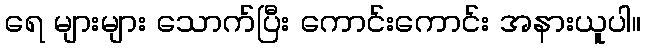
ရေ များများ သောက်ပြီး ကောင်းကောင်း အနားယူပါ။